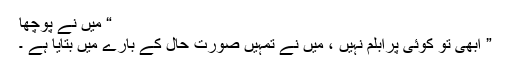
“ میں نے پوچھا
” ابھی تو کوئی پرابلم نہیں ، میں نے تمہیں صورت حال کے بارے میں بتایا ہے ۔